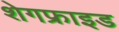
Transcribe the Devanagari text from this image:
शेगफ्राइड